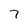
Character: 7